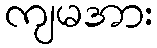
ကျမအား